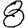
Digit: 8